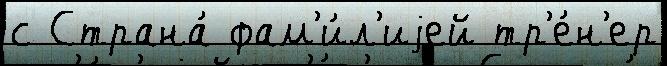
с Страна́ фам'и́л'иjей тр'е́н'ер